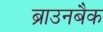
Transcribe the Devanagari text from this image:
ब्राउनबैक